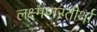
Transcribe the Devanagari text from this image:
लक्ष्मणरतीर्था